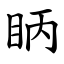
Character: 眪